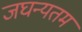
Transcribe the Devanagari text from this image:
जघन्यतम